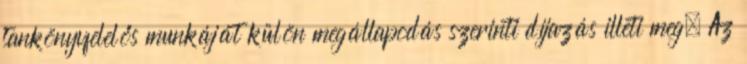
tankönyvfelelős munkáját külön megállapodás szerinti díjazás illeti meg. Az